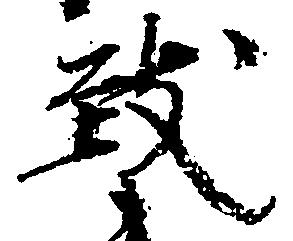
致